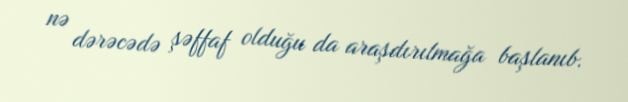
nə dərəcədə şəffaf olduğu da araşdırılmağa başlanıb.